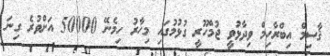
ޤާސިމް އިބްރާހިމް ވިދާޅުވީ ޖުމްހޫރީ ގުޅުމުގައި މިހާރު ހިމެނޭ 50000 އަށްވުރެ ގިނަ